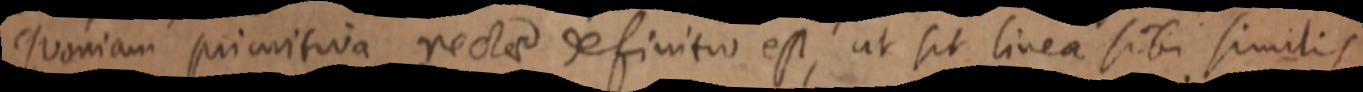
Quoniam primitiva rectae definitio est, ut sit linea sibi similis